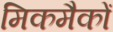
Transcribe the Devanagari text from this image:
मिकमैकों